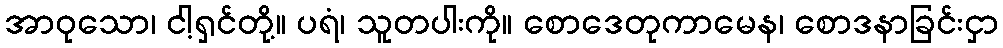
အာဝုသော၊ ငါ့ရှင်တို့။ ပရံ၊ သူတပါးကို။ စောဒေတုကာမေန၊ စောဒနာခြင်းငှာ